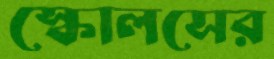
স্কোলসের